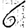
Digit: 6